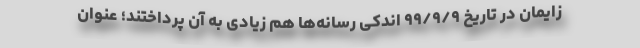
زایمان در تاریخ ۹۹/۹/۹ اندکی رسانه‌ها هم زیادی به آن پرداختند؛ عنوان